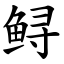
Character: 鲟